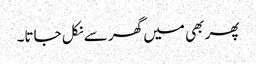
پھر بھی میں گھر سے نکل جاتا۔